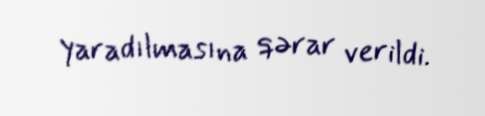
yaradılmasına qərar verildi.